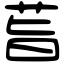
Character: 𦮂